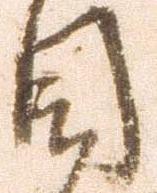
目